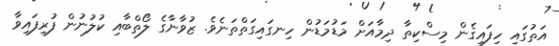
އަތުގައި ހިފައިގެން މިސްކިތާ ދިމާއަށް މަޑުމަޑުން ހިނގައިގަތްތަނެވެ. ޒުވާނާގެ ލޯތްބާއި ކުލުނުން ފުރިފައިވާ